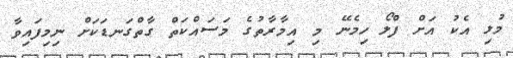
މުޅި އެކު އަށް ފްލޯ ހިމެނޭ މި އިމާރާތުގެ މަސައްކަތް ގާތްގަނޑަކަށް ނިމިފައިވާ